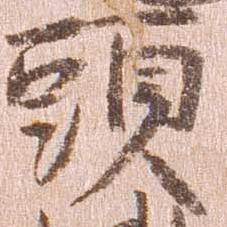
頭